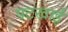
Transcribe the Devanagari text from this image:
पटखाई